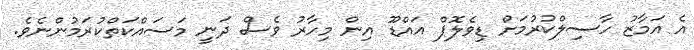
އެ އަމާޒު ހާސިލްކުރުމަށް ޑިވެލޮޕް އައްޑޫ އިން މިހާރު ވެސް ދަނީ މަސައްކަތްކުރަމުންނެވެ.